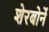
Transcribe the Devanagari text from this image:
शेरबोर्ने